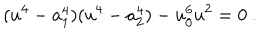
LaTeX: ( u ^ { 4 } - a _ { 1 } ^ { 4 } ) ( u ^ { 4 } - a _ { 2 } ^ { 4 } ) - u _ { 0 } ^ { 6 } u ^ { 2 } = 0 ~ .